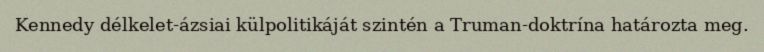
Kennedy délkelet-ázsiai külpolitikáját szintén a Truman-doktrína határozta meg.